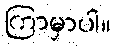
ကြာမှာပါ။